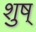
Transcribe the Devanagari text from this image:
शुष्